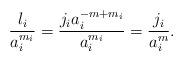
LaTeX: \begin{align*}\dfrac{l_{i}}{a_{i}^{m_{i}}}=\frac{j_{i}a_{i}^{-m+m_{i}}}{a_{i}^{m_{i}}}=\dfrac{j_{i}}{a_{i}^{m}}.\end{align*}